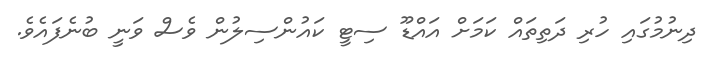
ދިނުމުގައި ހުރި ދަތިތައް ކަމަށް އައްޑޫ ސިޓީ ކައުންސިލުން ވެސް ވަނީ ބުނެފައެވެ.